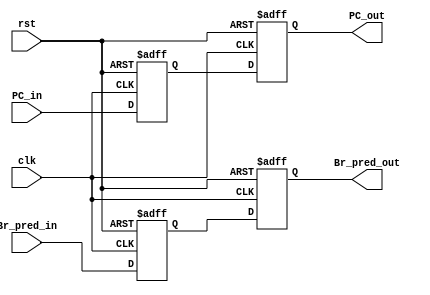
`timescale 1ns / 1ps
//////////////////////////////////////////////////////////////////////////////////
// Company: 
// Engineer: 
// 
// Design Name: 
// Module Name: BR_hisinfo
// Project Name: 
// Target Devices: 
// Tool Versions: 
// Description: 
// 
// Dependencies: 
// 
// Revision:
// Revision 0.01 - File Created
// Additional Comments:
// 
//////////////////////////////////////////////////////////////////////////////////


module BR_hisinfo(
    input clk, rst,
    input Br_pred_in,
    input [31:0] PC_in, 
    output Br_pred_out,
    output [31:0] PC_out
    );
    localparam LEN = 2;
    reg [31:0] PC_buffer [0 : LEN-1];
    reg Br_pred_buffer [0 : LEN-1];
    integer i;
    
    assign PC_out = PC_buffer[LEN-1];
    assign Br_pred_out = Br_pred_buffer[LEN-1];
    
    always @ (posedge clk or posedge rst)
    begin
        if (rst)
        begin
            for (i = 0; i < LEN; i = i + 1)
            begin
                PC_buffer[i] <= 0;
                Br_pred_buffer[i] <= 0;
            end
        end
        else 
        begin
            PC_buffer[0] <= PC_in;
            Br_pred_buffer[0] <= Br_pred_in;
            for (i = 1; i < LEN; i = i + 1)
            begin
                PC_buffer[i] <= PC_buffer[i-1];
                Br_pred_buffer[i] <= Br_pred_buffer[i-1];
            end
        end
    end
    
endmodule